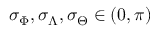
\sigma _ { \Phi } , \sigma _ { \Lambda } , \sigma _ { \Theta } \in ( 0 , \pi )